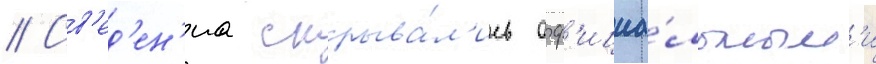
// Св'ед'ен'иа скрыва́л'ись оф'ициа́льным'и